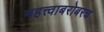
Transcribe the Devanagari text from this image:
महत्त्वाबरोबरच